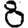
Digit: 8